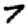
Digit: 7